Report of the Indian Hemp Drugs Commission, 1894-1895 - Volume I
Year: 1894
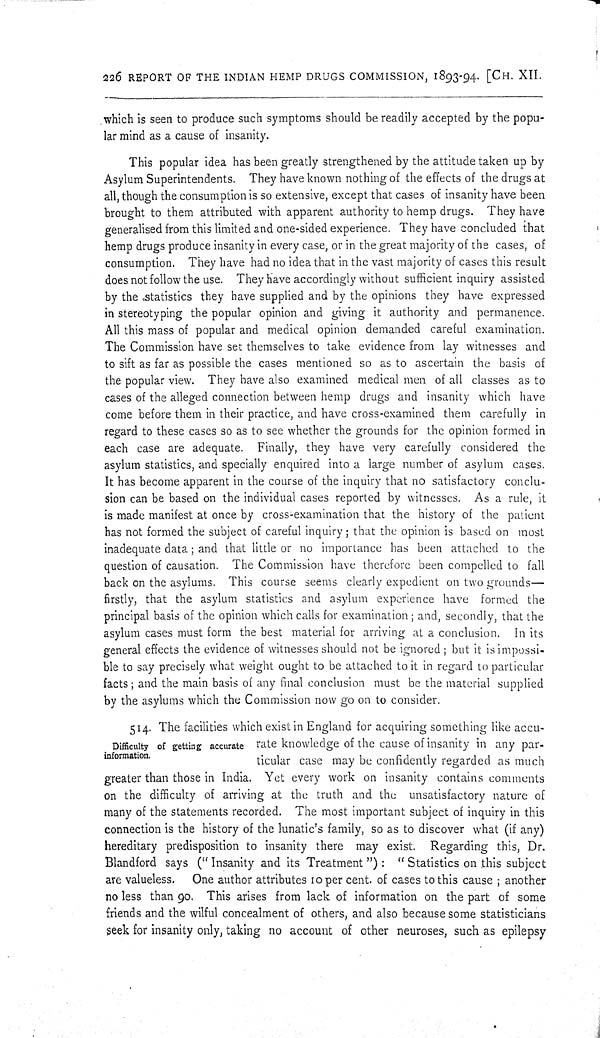
226 REPORT OF THE INDIAN HEMP DRUGS COMMISSION, 1893-94. [CH. XII.
Difficulty of getting accurate
information.
which is seen to produce such symptoms should be readily accepted by the popu-
lar mind as a cause of insanity.
This popular idea has been greatly strengthened by the attitude taken up by
Asylum Superintendents. They have known nothing of the effects of the drugs at
all, though the consumption is so extensive, except that cases of insanity have been
brought to them attributed with apparent authority to hemp drugs. They have
generalised from this limited and one-sided experience. They have concluded that
hemp drugs produce insanity in every case, or in the great majority of the cases, of
consumption. They have had no idea that in the vast majority of cases this result
does not follow the use. They have accordingly without sufficient inquiry assisted
by the statistics they have supplied and by the opinions they have expressed
in stereotyping the popular opinion and giving it authority and permanence.
All this mass of popular and medical opinion demanded careful examination.
The Commission have set themselves to take evidence from lay witnesses and
to sift as far as possible the cases mentioned so as to ascertain the basis of
the popular view. They have also examined medical men of all classes as to
cases of the alleged connection between hemp drugs and insanity which have
come before them in their practice, and have cross-examined them carefully in
regard to these cases so as to see whether the grounds for the opinion formed in
each case are adequate. Finally, they have very carefully considered the
asylum statistics, and specially enquired into a large number of asylum cases.
It has become apparent in the course of the inquiry that no satisfactory conclu-
sion can be based on the individual cases reported by witnesses. As a rule, it
is made manifest at once by cross-examination that the history of the patient
has not formed the subject of careful inquiry; that the opinion is based on most
inadequate data; and that little or no importance has been attached to the
question of causation. The Commission have therefore been compelled to fall
back on the asylums. This course seems clearly expedient on two grounds—
firstly, that the asylum statistics and asylum experience have formed the
principal basis of the opinion which calls for examination; and, secondly, that the
asylum cases must form the best material for arriving at a conclusion. In its
general effects the evidence of witnesses should not be ignored; but it is impossi-
ble to say precisely what weight ought to be attached to it in regard to particular
facts; and the main basis of any final conclusion must be the material supplied
by the asylums which the Commission now go on to consider.
514. The facilities which exist in England for acquiring something like accu-
rate knowledge of the cause of insanity in any par-
ticular case may be confidently regarded as much
greater than those in India. Yet every work on insanity contains comments
on the difficulty of arriving at the truth and the unsatisfactory nature of
many of the statements recorded. The most important subject of inquiry in this
connection is the history of the lunatic's family, so as to discover what (if any)
hereditary predisposition to insanity there may exist. Regarding this, Dr.
Blandford says ("Insanity and its Treatment"): "Statistics on this subject
are valueless. One author attributes 10 per cent. of cases to this cause; another
no less than 90. This arises from lack of information on the part of some
friends and the wilful concealment of others, and also because some statisticians
seek for insanity only, taking no account of other neuroses, such as epilepsy